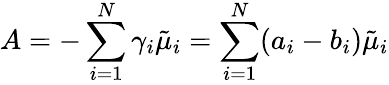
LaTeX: A=-\sum_{i=1}^{N}\gamma_{i}\tilde{\mu}_{i}=\sum_{i=1}^{N}(a_{i}-b_{i})\tilde{\mu}_{i}